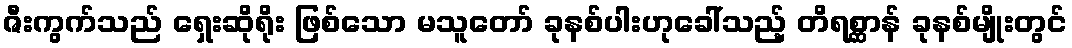
ဇီးကွက်သည် ရှေးဆိုရိုး ဖြစ်သော မသူတော် ခုနစ်ပါးဟုခေါ်သည့် တိရစ္ဆာန် ခုနစ်မျိုးတွင်